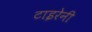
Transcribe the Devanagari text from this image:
टाइरेनी